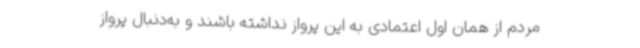
مردم از همان اول اعتمادی به این پرواز نداشته باشند و به‌دنبال پرواز